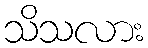
သိသလား